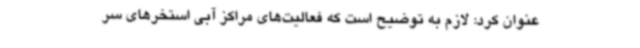
عنوان کرد: لازم به توضیح است که فعالیت‌های مراکز آبی استخرهای سر